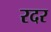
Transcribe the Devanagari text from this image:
रदर